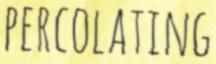
PERCOLATING